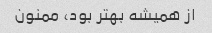
از همیشه بهتر بود، ممنون